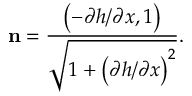
\mathbf { n } = \frac { \left( - \partial h / \partial x , 1 \right) } { \sqrt { 1 + { { \left( \partial h / \partial x \right) } ^ { 2 } } } } .